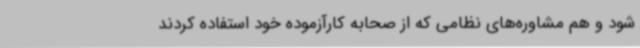
شود و هم مشاوره‌های نظامی که از صحابه کارآزموده خود استفاده کردند